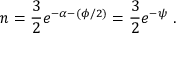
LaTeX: n = \frac { 3 } { 2 } e ^ { - \alpha - ( \phi / 2 ) } = \frac { 3 } { 2 } e ^ { - \psi } \ .